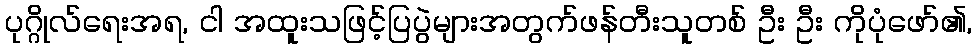
ပုဂ္ဂိုလ်ရေးအရ, ငါ အထူးသဖြင့်ပြပွဲများအတွက်ဖန်တီးသူတစ် ဦး ဦး ကိုပုံဖော်၏,